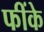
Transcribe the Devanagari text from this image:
फींके